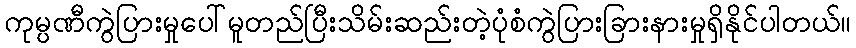
ကုမ္ပဏီကွဲပြားမှုပေါ်မူတည်ပြီးသိမ်းဆည်းတဲ့ပုံစံကွဲပြားခြားနားမှုရှိနိုင်ပါတယ်။